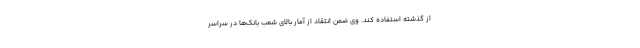
از گذشته استفاده کند. وی ضمن انتقاد از آمار بالای شعب بانک‌ها در سراسر